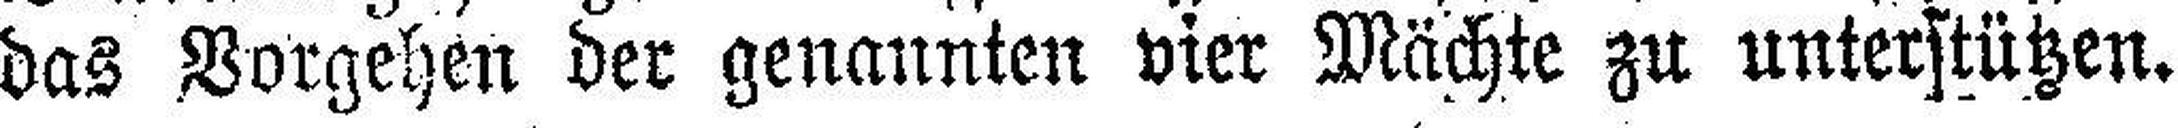
das Vorgehen der genannten vier Mächte zu unterstützen.